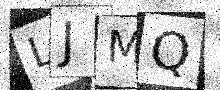
Text: LJMQ